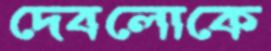
দেবলোকে